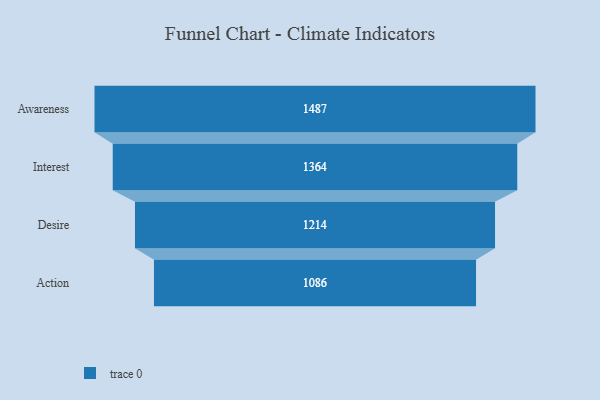
{"axis": {"x": "Stage", "y": "Value"}, "legend": [""], "data": [{"x": "Awareness", "y": 1487.0, "type": ""}, {"x": "Interest", "y": 1364.0, "type": ""}, {"x": "Desire", "y": 1214.0, "type": ""}, {"x": "Action", "y": 1086.0, "type": ""}]}